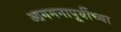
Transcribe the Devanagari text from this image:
आगमनापूर्वीच्या